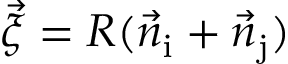
{ \vec { \xi } = R ( \vec { n } _ { \mathrm { i } } + \vec { n } _ { \mathrm { j } } ) }